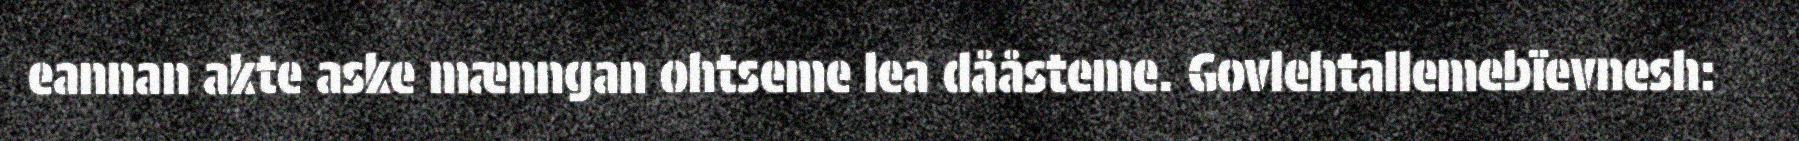
eannan akte aske mænngan ohtseme lea dååsteme. Govlehtallemebïevnesh: